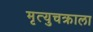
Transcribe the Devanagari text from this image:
मृत्युचक्राला